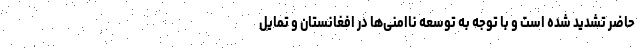
حاضر تشدید شده است و با توجه به توسعه ناامنی‌ها در افغانستان و تمایل